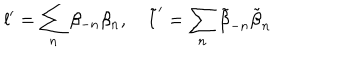
l ^ { \prime } = \sum _ { n } \beta _ { - n } \beta _ { n } , \quad \tilde { l } ^ { \prime } = \sum _ { n } \tilde { \beta } _ { - n } \tilde { \beta } _ { n }